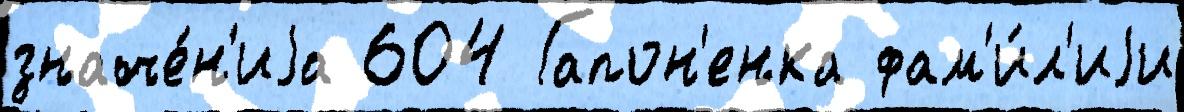
значе́н'иjа 604 Гапон'енка фам'и́л'иjи